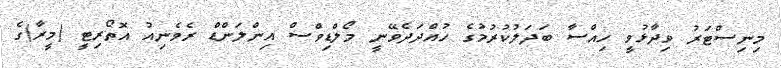
މިނިސްޓަރު ވިދާޅުވީ ހިއްސާ ބަދަލުކުރުމުގެ ހުއްދަދެވޭނީ މޯލްޑިވްސް އިންލަންޑް ރެވެނިއު އޮތޯރިޓީ (މީރާ)ގެ